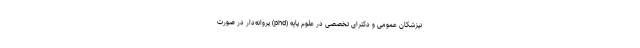
نپزشکان عمومی و دکترای تخصصی در علوم پایه (phd) پروانه‌دار در صورت